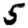
Digit: 5